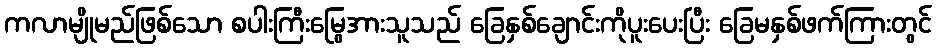
ကလာမျိုမည်ဖြစ်သော စပါးကြီးမြွေအားသူသည် ခြေနှစ်ချောင်းကိုပူးပေးပြီး ခြေမနှစ်ဖက်ကြားတွင်